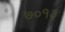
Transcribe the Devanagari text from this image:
७०१३